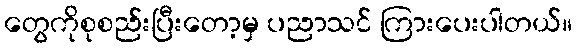
တွေကိုစုစည်းပြီးတော့မှ ပညာသင် ကြားပေးပါတယ်။